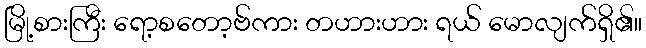
မြို့စားကြီး ရော့စတော့ဗ်ကား တဟားဟား ရယ် မောလျက်ရှိ၏။